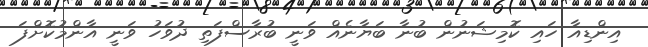
އިންޑިއާ ހައި ކޮމިޝަނުން ބުނާ ބަޔާނެއް ވަނީ ބުރާސްފަތި ދުވަހު ވަނީ އާންމުކޮށްފަ